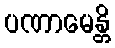
ပဏာမေန္တိ